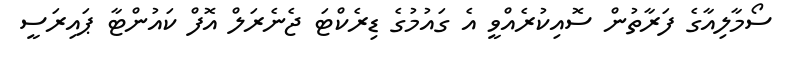
ސޯމާލިއާގެ ފަރާތުން ސޮއިކުރެއްވީ އެ ގައުމުގެ ޑިރެކްޓަ ޖެނެރަލް އޮފް ކައުންޓާ ޕައިރަސީ